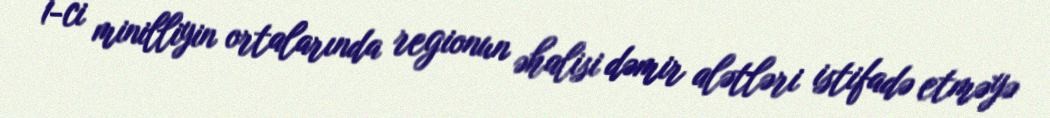
1-ci minilliyin ortalarında regionun əhalisi dəmir alətləri istifadə etməyə